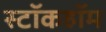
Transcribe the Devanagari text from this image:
स्टॉकहॉम